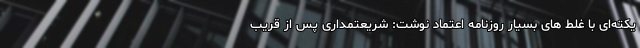
یکته‌ای با غلط‌ های بسیار روزنامه اعتماد نوشت: شریعتمداری پس از قریب